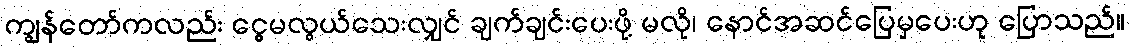
ကျွန်တော်ကလည်း ငွေမလွယ်သေးလျှင် ချက်ချင်းပေးဖို့ မလို၊ နောင်အဆင်ပြေမှပေးဟု ပြောသည်။